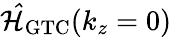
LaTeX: \mathcal{\hat{H}}_{\mathrm{GTC}}(k_{z}=0)